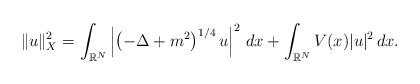
LaTeX: \begin{align*}\|u\|_X^2 = \int_{\mathbb{R}^N} \left| \left(-\Delta+m^2 \right)^{1/4} u \right|^2 \, dx + \int_{\mathbb{R}^N} V(x) |u|^2 \, dx.\end{align*}